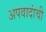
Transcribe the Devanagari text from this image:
अपवादांची